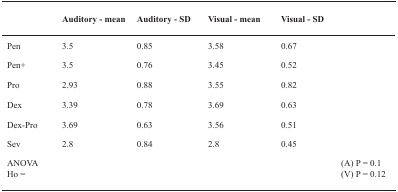
<table><thead><tr><td></td><td><b>Auditory - mean</b></td><td><b>Auditory - SD</b></td><td><b>Visual - mean</b></td><td><b>Visual - SD</b></td><td></td></tr></thead><tbody><tr><td>Pen</td><td>3.5</td><td>0.85</td><td>3.58</td><td>0.67</td><td></td></tr><tr><td>Pen+</td><td>3.5</td><td>0.76</td><td>3.45</td><td>0.52</td><td></td></tr><tr><td>Pro</td><td>2.93</td><td>0.88</td><td>3.55</td><td>0.82</td><td></td></tr><tr><td>Dex</td><td>3.39</td><td>0.78</td><td>3.69</td><td>0.63</td><td></td></tr><tr><td>Dex-Pro</td><td>3.69</td><td>0.63</td><td>3.56</td><td>0.51</td><td></td></tr><tr><td>Sev</td><td>2.8</td><td>0.84</td><td>2.8</td><td>0.45</td><td></td></tr><tr><td>ANOVA</td><td></td><td></td><td></td><td></td><td>(A) P = 0.1</td></tr><tr><td>Ho =</td><td></td><td></td><td></td><td></td><td>(V) P = 0.12</td></tr></tbody></table>